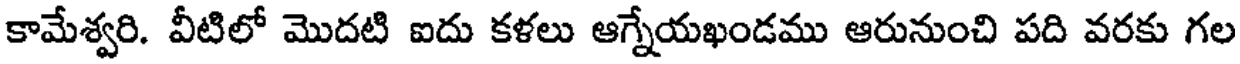
కామేశ్వరి. వీటిలో మొదటి ఐదు కళలు ఆగ్నేయఖండము ఆరునుంచి పది వరకు గల